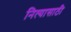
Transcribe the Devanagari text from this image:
नित्यासाठी